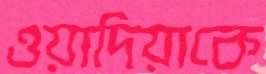
ওয়াদিয়াকে